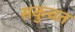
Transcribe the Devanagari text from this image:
सकुचत